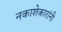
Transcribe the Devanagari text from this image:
नकाशेकारांनी